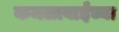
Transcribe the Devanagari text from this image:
कमलाबाईंच्या